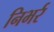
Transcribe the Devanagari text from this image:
निभर्र